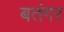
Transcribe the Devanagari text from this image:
बतंगर